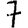
Digit: 7